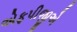
એફપીજીએ